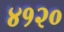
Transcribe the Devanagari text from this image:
४१२०